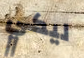
ليكي